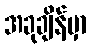
အခုချိန်မှာ